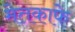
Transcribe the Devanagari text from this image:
मेतकाफे